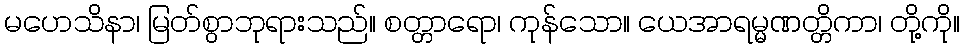
မဟေသိနာ၊ မြတ်စွာဘုရားသည်။ စတ္တာရော၊ ကုန်သော။ ယေအာရမ္မဏတ္တိကာ၊ တို့ကို။